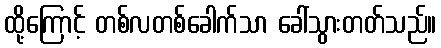
ထို့ကြောင့် တစ်လတစ်ခေါက်သာ ခေါ်သွားတတ်သည်။